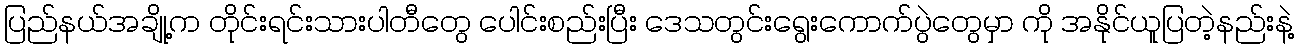
ပြည်နယ်အချို့က တိုင်းရင်းသားပါတီတွေ ပေါင်းစည်းပြီး ဒေသတွင်းရွေးကောက်ပွဲတွေမှာ ကို အနိုင်ယူပြတဲ့နည်းနဲ့